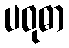
ပဝုဓာ